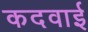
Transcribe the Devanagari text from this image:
कदवाई